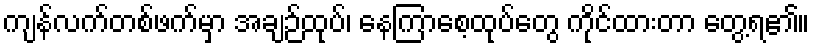
ကျန်လက်တစ်ဖက်မှာ အချဉ်ထုပ်၊ နေကြာစေ့ထုပ်တွေ ကိုင်ထားတာ တွေ့ရ၏။